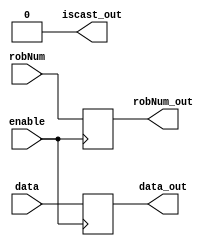
`timescale 10ps / 100fs

module CDB(
	//input wire clock,
	input wire enable,
	input wire[5:0] robNum,
	input wire[31:0] data,
	
	output reg iscast_out,
	output reg[5:0] robNum_out,
	output reg[31:0] data_out
);

parameter invalidNum = 6'b010000;

initial begin
	iscast_out = 0;
end

always @(posedge enable) begin
	iscast_out = 0;
	robNum_out = robNum;
	data_out = data;
	iscast_out = 1;
	#0.1
	iscast_out = 0;
end

endmodule